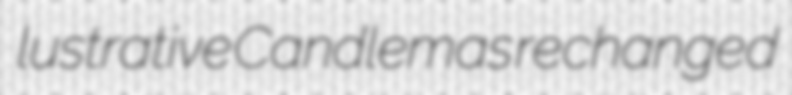
lustrative Candlemas rechanged